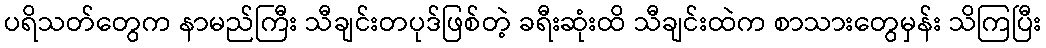
ပရိသတ်တွေက နာမည်ကြီး သီချင်းတပုဒ်ဖြစ်တဲ့ ခရီးဆုံးထိ သီချင်းထဲက စာသားတွေမှန်း သိကြပြီး